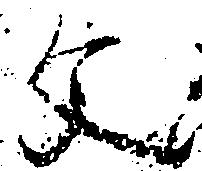
文